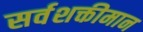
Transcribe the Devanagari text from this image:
सर्वशक्तीमान